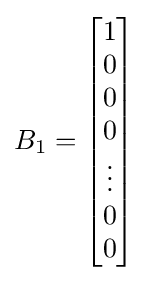
B_{1}={\begin{bmatrix}1\\0\\0\\0\\\vdots \\0\\0\end{bmatrix}}